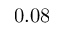
0 . 0 8